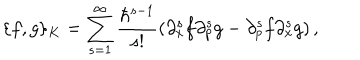
LaTeX: \{ f , g \} _ { K } = \sum _ { s = 1 } ^ { \infty } { \frac { \hbar ^ { s - 1 } } { s ! } } ( \partial _ { x } ^ { s } f \partial _ { p } ^ { s } g - \partial _ { p } ^ { s } f \partial _ { x } ^ { s } g ) \, ,